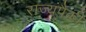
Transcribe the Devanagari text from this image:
राज्यंपैकी